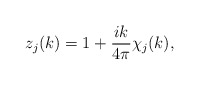
\begin{align*}z_j(k)=1+\frac{ik}{4\pi}\chi_j(k) ,\end{align*}